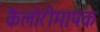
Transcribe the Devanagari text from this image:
कैलोरीमापक